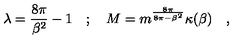
\lambda = \frac { 8 \pi } { \beta ^ { 2 } } - 1 \quad ; \quad M = m ^ { \frac { 8 \pi } { 8 \pi - \beta ^ { 2 } } } \kappa ( \beta ) \quad ,